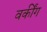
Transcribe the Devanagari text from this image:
वर्कींग